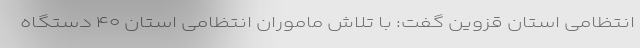
انتظامی استان قزوین گفت: با تلاش ماموران انتظامی استان ۴۰ دستگاه